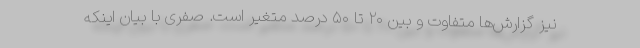
نیز گزارش‌ها متفاوت و بین ۲۰ تا ۵۰ درصد متغیر است. صفری با بیان اینکه